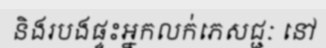
និងរបងផ្ទះអ្នកលក់ភេសជ្ជៈ នៅ